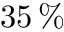
3 5 \, \%